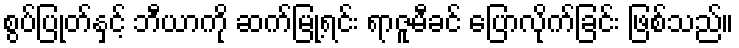
စွပ်ပြုတ်နှင့် ဘီယာကို ဆက်မြုံ့ရင်း ရာဇူမီခင် ပြောလိုက်ခြင်း ဖြစ်သည်။